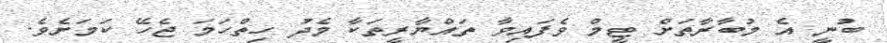
ބުނީ އެ މުބާރާތަށް ޓީމް ވެފައިވާ ތައްޔާރީތަކާ މެދު ހިތްހަމަ ޖެހޭ ކަމަށެވެ.